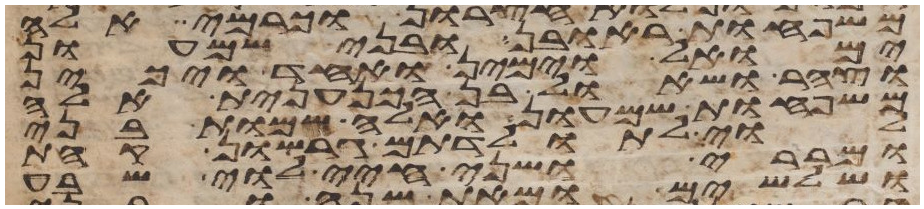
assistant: משפחות ראובן ובני שמעון
ימואל וימין ואחד ויכין
וצהר ושאול בן הכנענית אלה
משפחות שמעון ואלה שמות בני
לוי לתולדתם גרשון קהת
ומררי ושני חיי לוי שבע